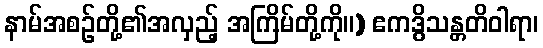
နာမ်အစဉ်တို့၏အလှည့် အကြိမ်တို့ကို။) ဧကဒွိသန္တတိဝါရာ၊